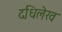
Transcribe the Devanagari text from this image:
दधिलेख